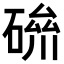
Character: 𥔪